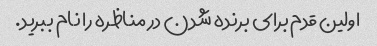
اولین قدم برای برنده شدن در مناظره را نام ببرید.